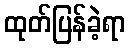
ထုတ်ပြန်ခဲ့ရာ